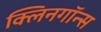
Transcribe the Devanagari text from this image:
क्लिनगॉन्स